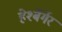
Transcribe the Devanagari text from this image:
हेर्श्बेर्गेर